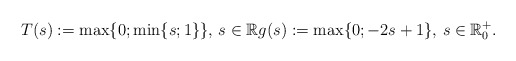
\begin{align*}T(s):=\max \{0;\min\{s;1\}\},\, s\in \mathbb{R}g(s):=\max\{0;-2s+1\},\,s\in\mathbb{R}^+_0.\end{align*}